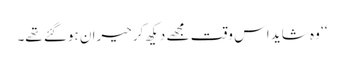
‘‘ وہ شاید اس وقت مجھے دیکھ کر حیران ہوگئے تھے۔